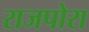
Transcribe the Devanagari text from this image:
राजपोरा